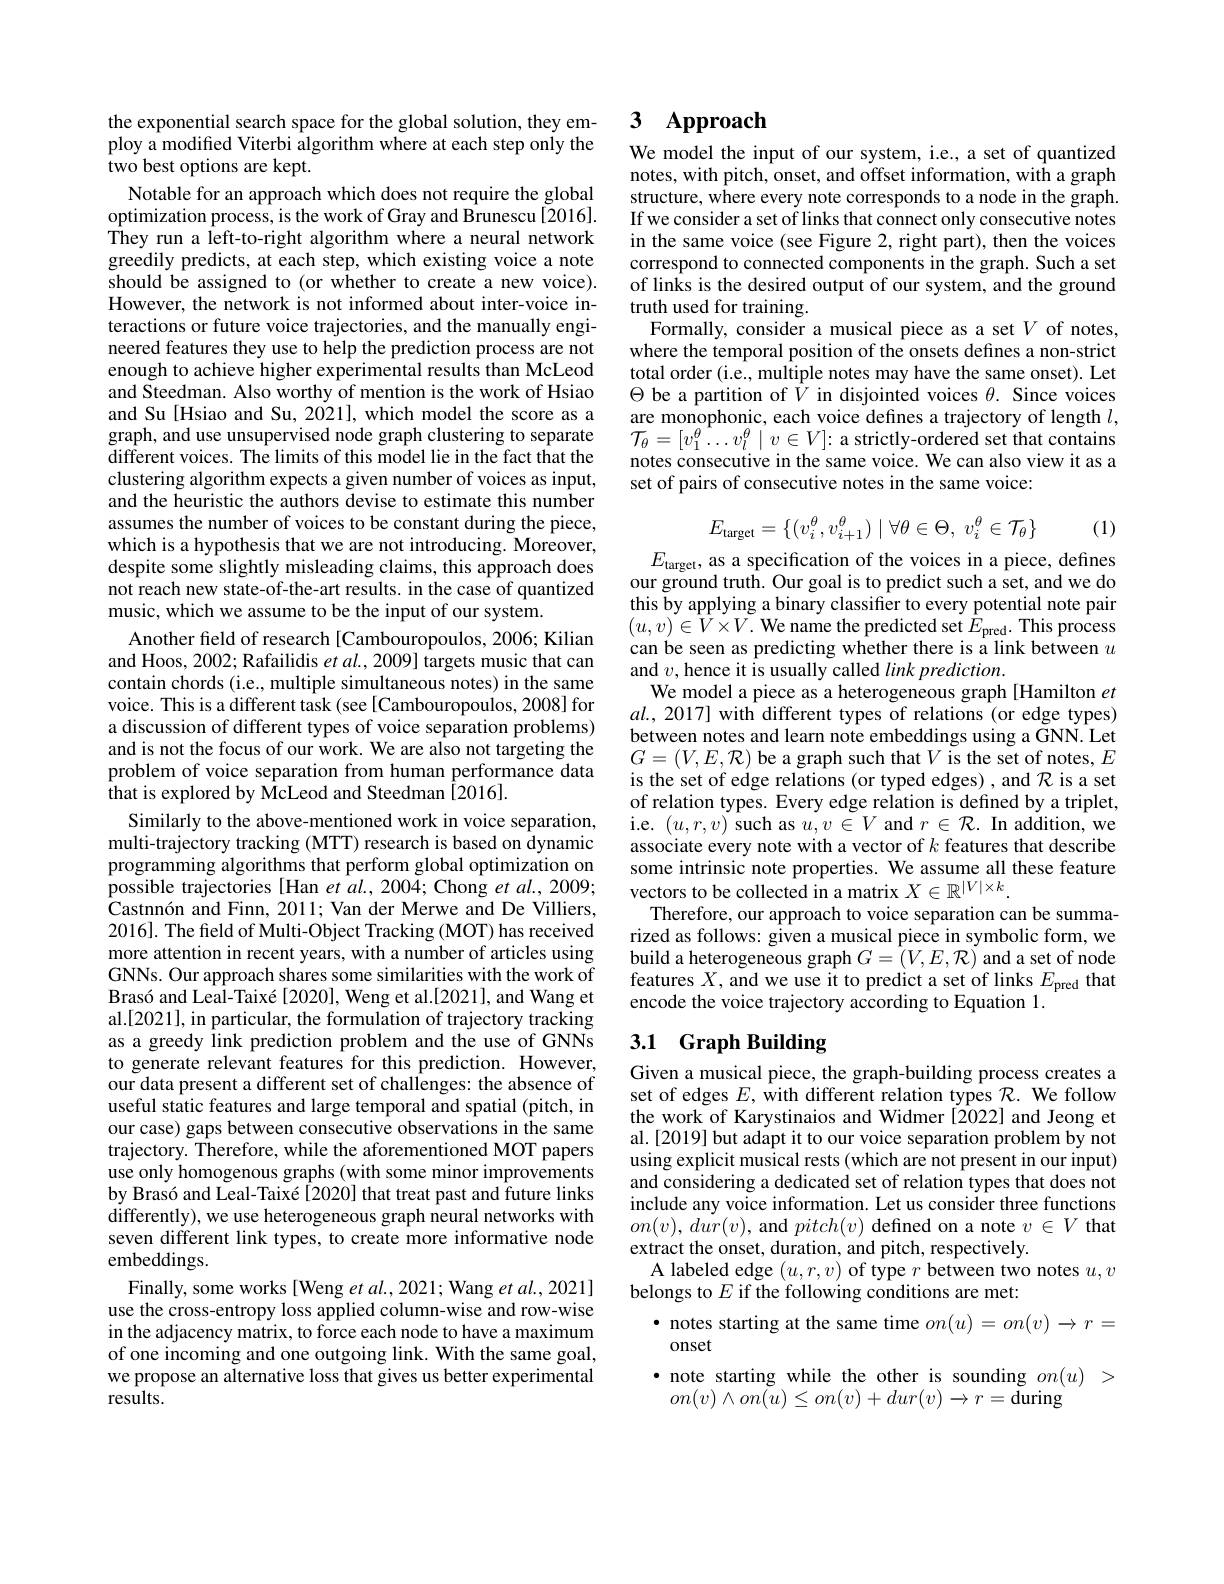
the exponential search space for the global solution, they employ a modified Viterbi algorithm where at each step only the two best options are kept.

Notable for an approach which does not require the global optimization process, is the work of Gray and Brunescu [2016]. They run a left-to-right algorithm where a neural network greedily predicts, at each step, which existing voice a note should be assigned to (or whether to create a new voice). However, the network is not informed about inter-voice interactions or future voice trajectories, and the manually engineered features they use to help the prediction process are not enough to achieve higher experimental results than McLeod and Steedman. Also worthy of mention is the work of Hsiao and Su[Hsiao and Su, 2021], which model the score as a graph, and use unsupervised node graph clustering to separate different voices. The limits of this model lie in the fact that the clustering algorithm expects a given number of voices as input, and the heuristic the authors devise to estimate this number assumes the number of voices to be constant during the piece, which is a hypothesis that we are not introducing. Moreover, despite some slightly misleading claims, this approach does not reach new state-of-the-art results. in the case of quantized music, which we assume to be the input of our system.
Another feld of research [Cambouropoulos, 2006; Kilian and Hoos, 2002; Rafailidis $etal.,2009]$ targets music that can contain chords (i.e., multiple simultaneous notes) in the same voice. This is a different task (see [Cambouropoulos, 2008] for a discussion of different types of voice separation problems) and is not the focus of our work. We are also not targeting the problem of voice separation from human performance data $\hat{\text{that is explored by McLeod and Steedman [2016].}}$
Similarly to the above-mentioned work in voice separation, multi-trajectory tracking (MTT) research is based on dynamic programming algorithms that perform global optimization on possible trajectories [Han et al., 2004; Chong et al., 2009; Castnnón and Finn, 2011; Van der Merwe and De Villiers, 2016]. The field of Multi-Object Tracking (MOT) has received more attention in recent years, with a number of articles using GNNs. Our approach shares some similarities with the work of Brasó and Leal-Taixé[2020], Weng et al.[2021], and Wang et al.[2021], in particular, the formulation of trajectory tracking as a greedy link prediction problem and the use of GNNs to generate relevant features for this prediction. However, our data present a different set of challenges: the absence of useful static features and large temporal and spatial (pitch, in our case) gaps between consecutive observations in the same trajectory. Therefore, while the aforementioned MOT papers use only homogenous graphs (with some minor improvements by Brasó and Leal-Taixé[2020] that treat past and future links differently), we use heterogeneous graph neural networks with seven different link types, to create more informative node embeddings.
Finally, some works[Weng $et\textit{al. , 2021; Wang et al. , 2021}]$ use the cross-entropy loss applied column-wise and row-wise in the adjacency matrix, to force each node to have a maximum of one incoming and one outgoing link. With the same goal, we propose an alternative loss that gives us better experimental results.

## 3 $\mathbf{Approach}$

We model the input of our system, i.e., a set of quantized notes, with pitch, onset, and offset information, with a graph structure, where every note corresponds to a node in the graph. If we consider a set of links that connect only consecutive notes in the same voice (see Figure 2, right part), then the voices correspond to connected components in the graph. Such a set of links is the desired output of our system, and the ground truth used for training.
Formally, consider a musical piece as a set $V$ of notes, where the temporal position of the onsets defines a non-strict total order (i.e., multiple notes may have the same onset). Let $\Theta$ be a partition of $\bar{V}$ in disjointed voices $\theta.$ Since voices are monophonic, each voice defines a trajectory of length $l$, $\mathcal{T}_{\theta}=[v_{1}^{\theta}\ldots v_{l}^{\theta}\mid v\in V]{:}$a strictly-ordered set that contains notes consecutive in the same voice. We can also view it as a set of pairs of consecutive notes in the same voice:
$$E_{\mathrm{target}}=\{(v_i^\theta,v_{i+1}^\theta)\mid\forall\theta\in\Theta,\:v_i^\theta\in\mathcal{T}_\theta\}$$
$E_{\mathrm{target}}$, as a specification of the voices in a piece, defines

(1)

our ground truth. Our goal is to predict such a set, and we do this by applying a binary classifier to every potential note pair $(u,v)\in V\times V.$ We name the predicted set $\hat{E}_\mathrm{pred}.$ This process can be seen as predicting whether there is a link between $u$ and $v$,hence it is usually called $linkprediction.$
We model a piece as a heterogeneous graph[Hamilton et $al.,2017]$ with different types of relations (or edge types) between notes and learn note embeddings using a GNN. Let $G=(V,E,\mathcal{R})$ be a graph such that $V$ is the set of notes, $E$ is the set of edge relations (or typed edges) , and $\mathcal{R}$ is a set of relation types. Every edge relation is defined by a triplet, i.e. $(u,r,v)$ such as $u,v\in V$ and $r\in\mathcal{R}.$ In addition, we associate every note with a vector of $k$ features that describe some intrinsic note properties. We assume all these feature vectors to be collected in a matrix $X\in\mathbb{R}^|V|\times k.$
Therefore, our approach to voice separation can be summarized as follows: given a musical piece in symbolic form, we build a heterogeneous graph $G=(V,E,\mathcal{R})$ and a set of node features $X$, and we use it to predict a set of links $E_\mathrm{pred}$ that encode the voice trajectory according to Equation 1.

## 3.1 Graph Building

Given a musical piece, the graph-building process creates a set of edges $E$, with different relation types $\mathcal{R}.$ We follow the work of Karystinaios and Widmer[2022] and Jeong et al.[2019] but adapt it to our voice separation problem by not using explicit musical rests (which are not present in our input) and considering a dedicated set of relation types that does not include any voice information. Let us consider three functions $on(v),dur(v)$,and$pitch(v)$defined on a note $v\in V$ that extract the onset, duration, and pitch, respectively.
A labeled edge $(u,r,v)$ of type $r$ between two notes $u,v$
belongs to $E$ if the following conditions are met:
$\bullet$ notes starting at the same time $on(u)=on(v)\to r=$
onset
$\bullet$ note starting while the other is sounding $on(u)>$

$on(v)\wedge on(\u{u})\leq on(v)+dur(v)\to r={\u{\text{during}}}$